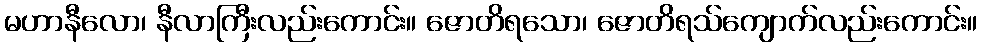
မဟာနီလော၊ နီလာကြီးလည်းကောင်း။ ဇောတိရသော၊ ဇောတိရသ်ကျောက်လည်းကောင်း။